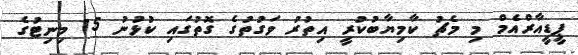
ޕީޑީއާރްއެމް މި މެޗު ކާމިޔާބުކުރީ އިތުރު ވަގުތުގެ ގޮތުގައި ކުޅުނު 15 މިނިޓުގެ